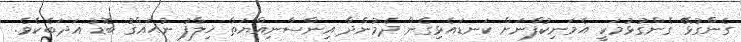
ގެންގުޅޭ ގެންގުޅުމަކީ އެމަނިކުފާނަށް ކަނޑައެޅިގެން ދެމުންދާ އިންސާނިއްޔަތާ ޚިލާފު ނުޙައްޤު ބޮޑު އަދަބެކެވެ.